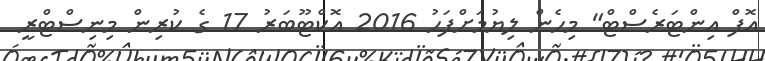
އޮފް އިންޓަރެސްޓް" މިހެން ލިޔުމަށްފަހު 2016 އޮކްޓޫބަރު 17 ގެ ކުރިން މިނިސްޓްރީ